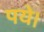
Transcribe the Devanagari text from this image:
पये।